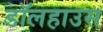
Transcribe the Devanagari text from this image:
डॉलहाउस